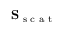
\mathbf { S } _ { \textrm { s c a t } }